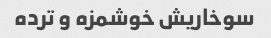
سوخاریش خوشمزه و ترده